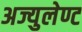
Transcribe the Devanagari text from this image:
अज्युलेण्ट